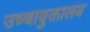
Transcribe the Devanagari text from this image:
उच्चायुक्तालय